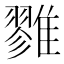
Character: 雡